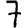
Digit: 7